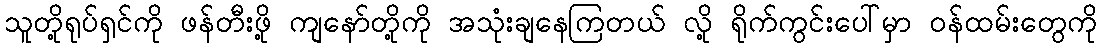
သူတို့ရုပ်ရှင်ကို ဖန်တီးဖို့ ကျနော်တို့ကို အသုံးချနေကြတယ် လို့ ရိုက်ကွင်းပေါ်မှာ ဝန်ထမ်းတွေကို